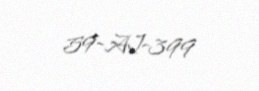
59-AJ-399